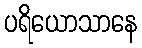
ပရိယောသာနေ